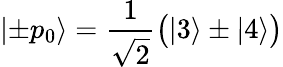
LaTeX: |{\pm p_{0}}\rangle=\frac 1{\sqrt{2}}\bigl(|3\rangle\pm|4\rangle\bigr)